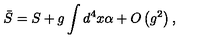
\bar { S } = S + g \int d ^ { 4 } x \alpha + O \left( g ^ { 2 } \right) ,